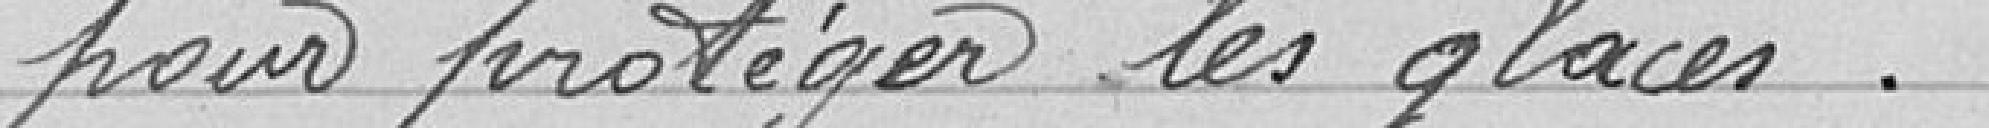
pour protéger les glaces.